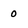
Character: 0